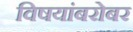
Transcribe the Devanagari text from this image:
विषयांबरोबर